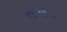
રાજય